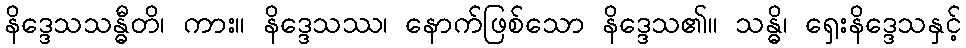
နိဒ္ဒေသသန္ဓီတိ၊ ကား။ နိဒ္ဒေသဿ၊ နောက်ဖြစ်သော နိဒ္ဒေသ၏။ သန္ဓိ၊ ရှေးနိဒ္ဒေသနှင့်